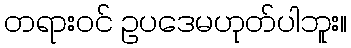
တရားဝင် ဥပဒေမဟုတ်ပါဘူး။